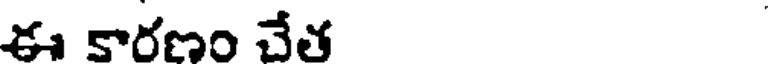
ఈ కారణం చేత